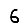
Digit: 6